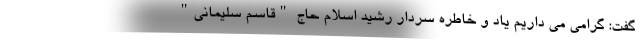
گفت: گرامی می داریم یاد و خاطره سردار رشید اسلام حاج "قاسم سلیمانی"